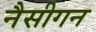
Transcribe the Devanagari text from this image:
नैसीगन